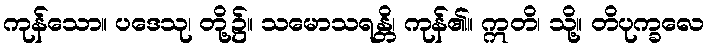
ကုန်သော။ ပဒေသု၊ တို့၌။ သမောသရန္တိ၊ ကုန်၏။ ဣတိ၊ သို့။ တိပုက္ခလေ